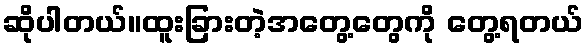
ဆိုပါတယ်။ထူးခြားတဲ့အတွေ့တွေကို တွေ့ရတယ်